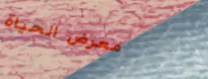
معرض الحياة